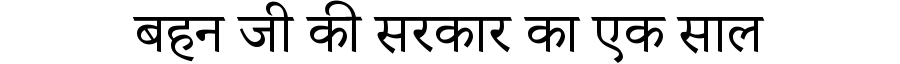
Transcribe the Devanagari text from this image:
बहन जी की सरकार का एक साल